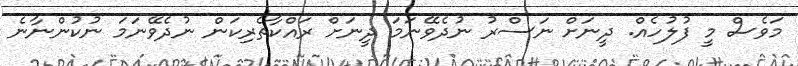
މަވެސް މީ ފުލުހެއް. ދީނަށް ނަސްރު ނުދެވޭނަމަ ދީނަށް ރައްކާތެރިކަން ނުދެވޭނަމަ ނުކުންނާނެ